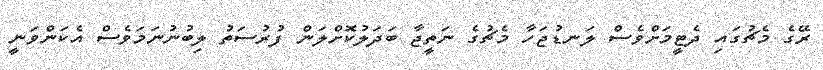
ރޭގެ މެޗުގައި ދެޓީމަށްވެސް ލަނޑުޖަހާ މެޗުގެ ނަތީޖާ ބަދަލުކޮށްލަން ފުރުސަތު ލިބުނުނަމަވެސް އެކަންވަނީ